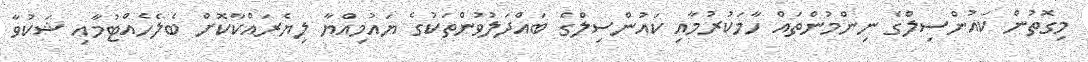
މިގޮތުން ކައުންސިލްގެ ނިންމުންތައް ހާމަކުރުމާއި ކައުންސިލްގެ ބައްދަލުވުންތަކުގެ ޔައުމިއްޔާ ލިޔެރައްކާކޮށް ބެލެހެއްޓުމާއި ޝަކުވާ